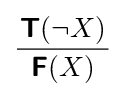
{\frac {{\boldsymbol {\mathsf {T}}}(\neg X)}{\begin{array}{c}{\boldsymbol {\mathsf {F}}}(X)\end{array}}}